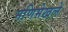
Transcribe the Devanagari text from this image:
मणिमेखले